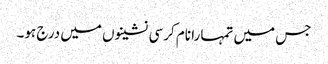
جس میں تمہارا نام کرسی نشینوں میں درج ہو۔